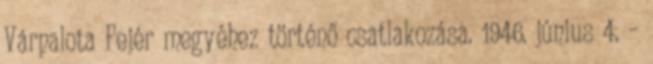
Várpalota Fejér megyéhez történő csatlakozása. 1946. június 4. –